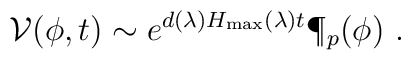
{\cal V}(\phi,t) \sim e^{d(\lambda) H_{\max}(\lambda) t}\P_p(\phi)\ .